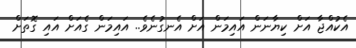
އެކުއްޖާ އަށް ކިޔާނަން އައިމަން އަށް އެނގުނެވެ.. އައިމަން ގެއަށް އައި ގޮތަށް